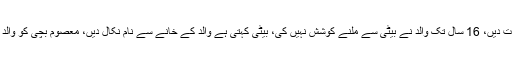
چیف جسٹس نے کہا کہ قرض لیں ، بھیک مانگیں یا ڈاکہ ڈالیں مگر اخراجات دیں، 16 سال تک والد نے بیٹی سے ملنے کوشش نہیں کی، بیٹی کہتی ہے والد کے خانے سے نام نکال دیں، معصوم بچی کو والد کی شفقت نہیں ملی، بچی کے ساتھ جو ظلم کیا ،اس کا مداوا کون کرے گا؟